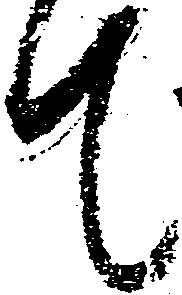
て